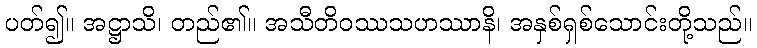
ပတ်၍။ အဋ္ဌာသိ၊ တည်၏။ အသီတိဝဿသဟဿာနိ၊ အနှစ်ရှစ်သောင်းတို့သည်။